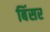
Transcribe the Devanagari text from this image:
बिंसर